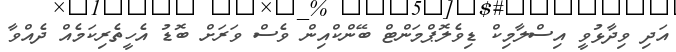
އަދި ވިދާޅުވީ އިސްލާމިކް ޑިވެލޮޕްމަންޓް ބޭންކްއިން ވެސް ވަރަށް ބޮޑު އެހީތެރިކަމެއް ދެއްވާ